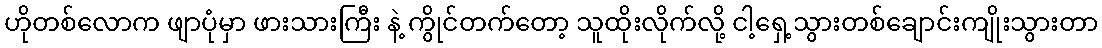
ဟိုတစ်လောက ဖျာပုံမှာ ဖားသားကြီး နဲ့ ကွိုင်တက်တော့ သူထိုးလိုက်လို့ ငါ့ရှေ့သွားတစ်ချောင်းကျိုးသွားတာ